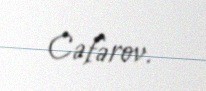
Cəfərov.